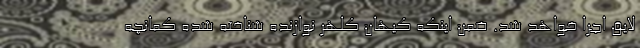
لایق اجرا خواهد شد. ضمن اینکه کیهان کلهر نوازنده شناخته شده کمانچه